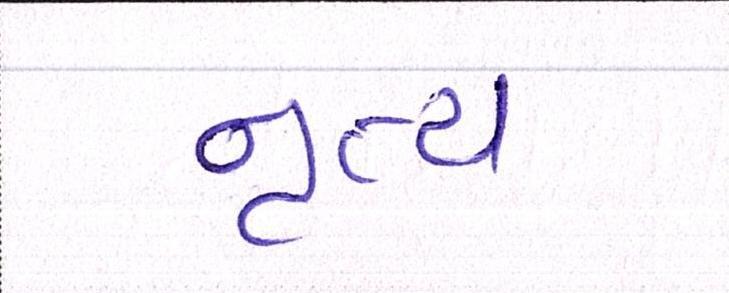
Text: નૃત્ય